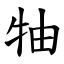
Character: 牰